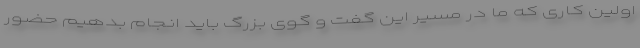
اولین کاری که ما در مسیر این گفت و گوی بزرگ باید انجام بدهیم حضور